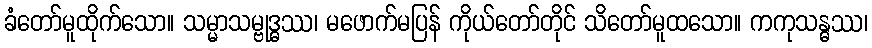
ခံတော်မူထိုက်သော။ သမ္မာသမ္ဗုဒ္ဓဿ၊ မဖောက်မပြန် ကိုယ်တော်တိုင် သိတော်မူထသော။ ကကုသန္ဓဿ၊